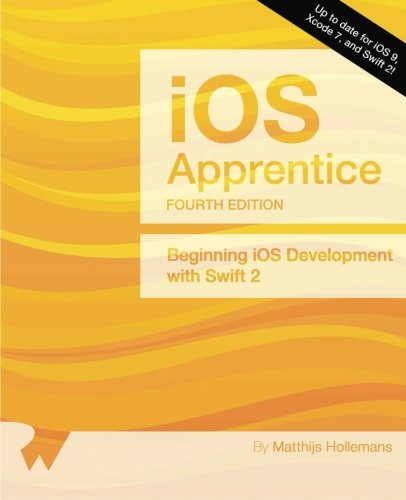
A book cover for The iOS Apprentice (Fourth Edition): Beginning iOS Development with Swift 2; Matthijs Hollemans; Computers & Technology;